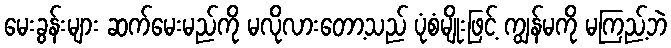
မေးခွန်းများ ဆက်မေးမည်ကို မလိုလားတော့သည် ပုံစံမျိုးဖြင့် ကျွန်မကို မကြည့်ဘဲ